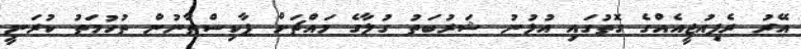
އޭރު ރެފިއުޖީއެއްގެ ގޮތުގައި އުޅުނު ޝަރުބަތު ގުލާގެ މައްޗަށް ޕާކިސްތާނުން ތުހުމަތު ކުރަނީ